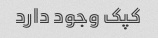
کپک وجود دارد